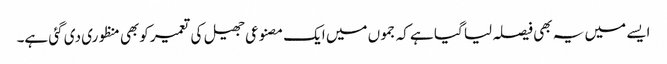
ایسے میں یہ بھی فیصلہ لیا گیا ہے کہ جموں میں ایک مصنوعی جھیل کی تعمیر کوبھی منظوری دی گئی ہے۔